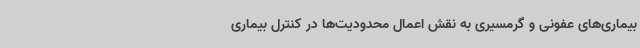
بیماری‌های عفونی و گرمسیری به نقش اعمال محدودیت‌ها در کنترل بیماری